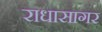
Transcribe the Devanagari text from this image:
राधासागर